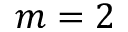
m = 2